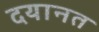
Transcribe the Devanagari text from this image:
दयानत